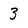
Character: 3